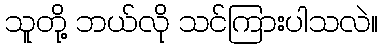
သူတို့ ဘယ်လို သင်ကြားပါသလဲ။